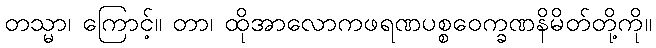
တသ္မာ၊ ကြောင့်။ တာ၊ ထိုအာလောကဖရဏပစ္စဝေက္ခဏနိမိတ်တို့ကို။